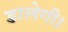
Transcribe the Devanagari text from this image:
डालेगी।